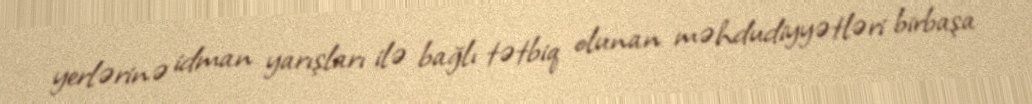
yerlərinə idman yarışları ilə bağlı tətbiq olunan məhdudiyyətləri birbaşa